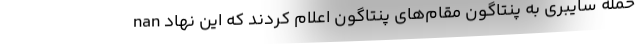
nan حمله سایبری به پنتاگون مقام‌های پنتاگون اعلام کردند که این نهاد